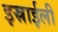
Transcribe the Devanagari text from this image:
इस्राईली